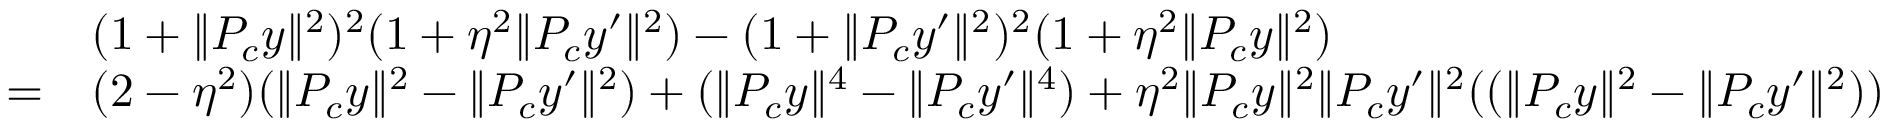
\begin{array} { r l } & { ( 1 + \| P _ { c } y \| ^ { 2 } ) ^ { 2 } ( 1 + \eta ^ { 2 } \| P _ { c } y ^ { \prime } \| ^ { 2 } ) - ( 1 + \| P _ { c } y ^ { \prime } \| ^ { 2 } ) ^ { 2 } ( 1 + \eta ^ { 2 } \| P _ { c } y \| ^ { 2 } ) } \\ { = } & { ( 2 - \eta ^ { 2 } ) ( \| P _ { c } y \| ^ { 2 } - \| P _ { c } y ^ { \prime } \| ^ { 2 } ) + ( \| P _ { c } y \| ^ { 4 } - \| P _ { c } y ^ { \prime } \| ^ { 4 } ) + \eta ^ { 2 } \| P _ { c } y \| ^ { 2 } \| P _ { c } y ^ { \prime } \| ^ { 2 } ( ( \| P _ { c } y \| ^ { 2 } - \| P _ { c } y ^ { \prime } \| ^ { 2 } ) ) } \end{array}